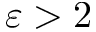
\varepsilon > 2